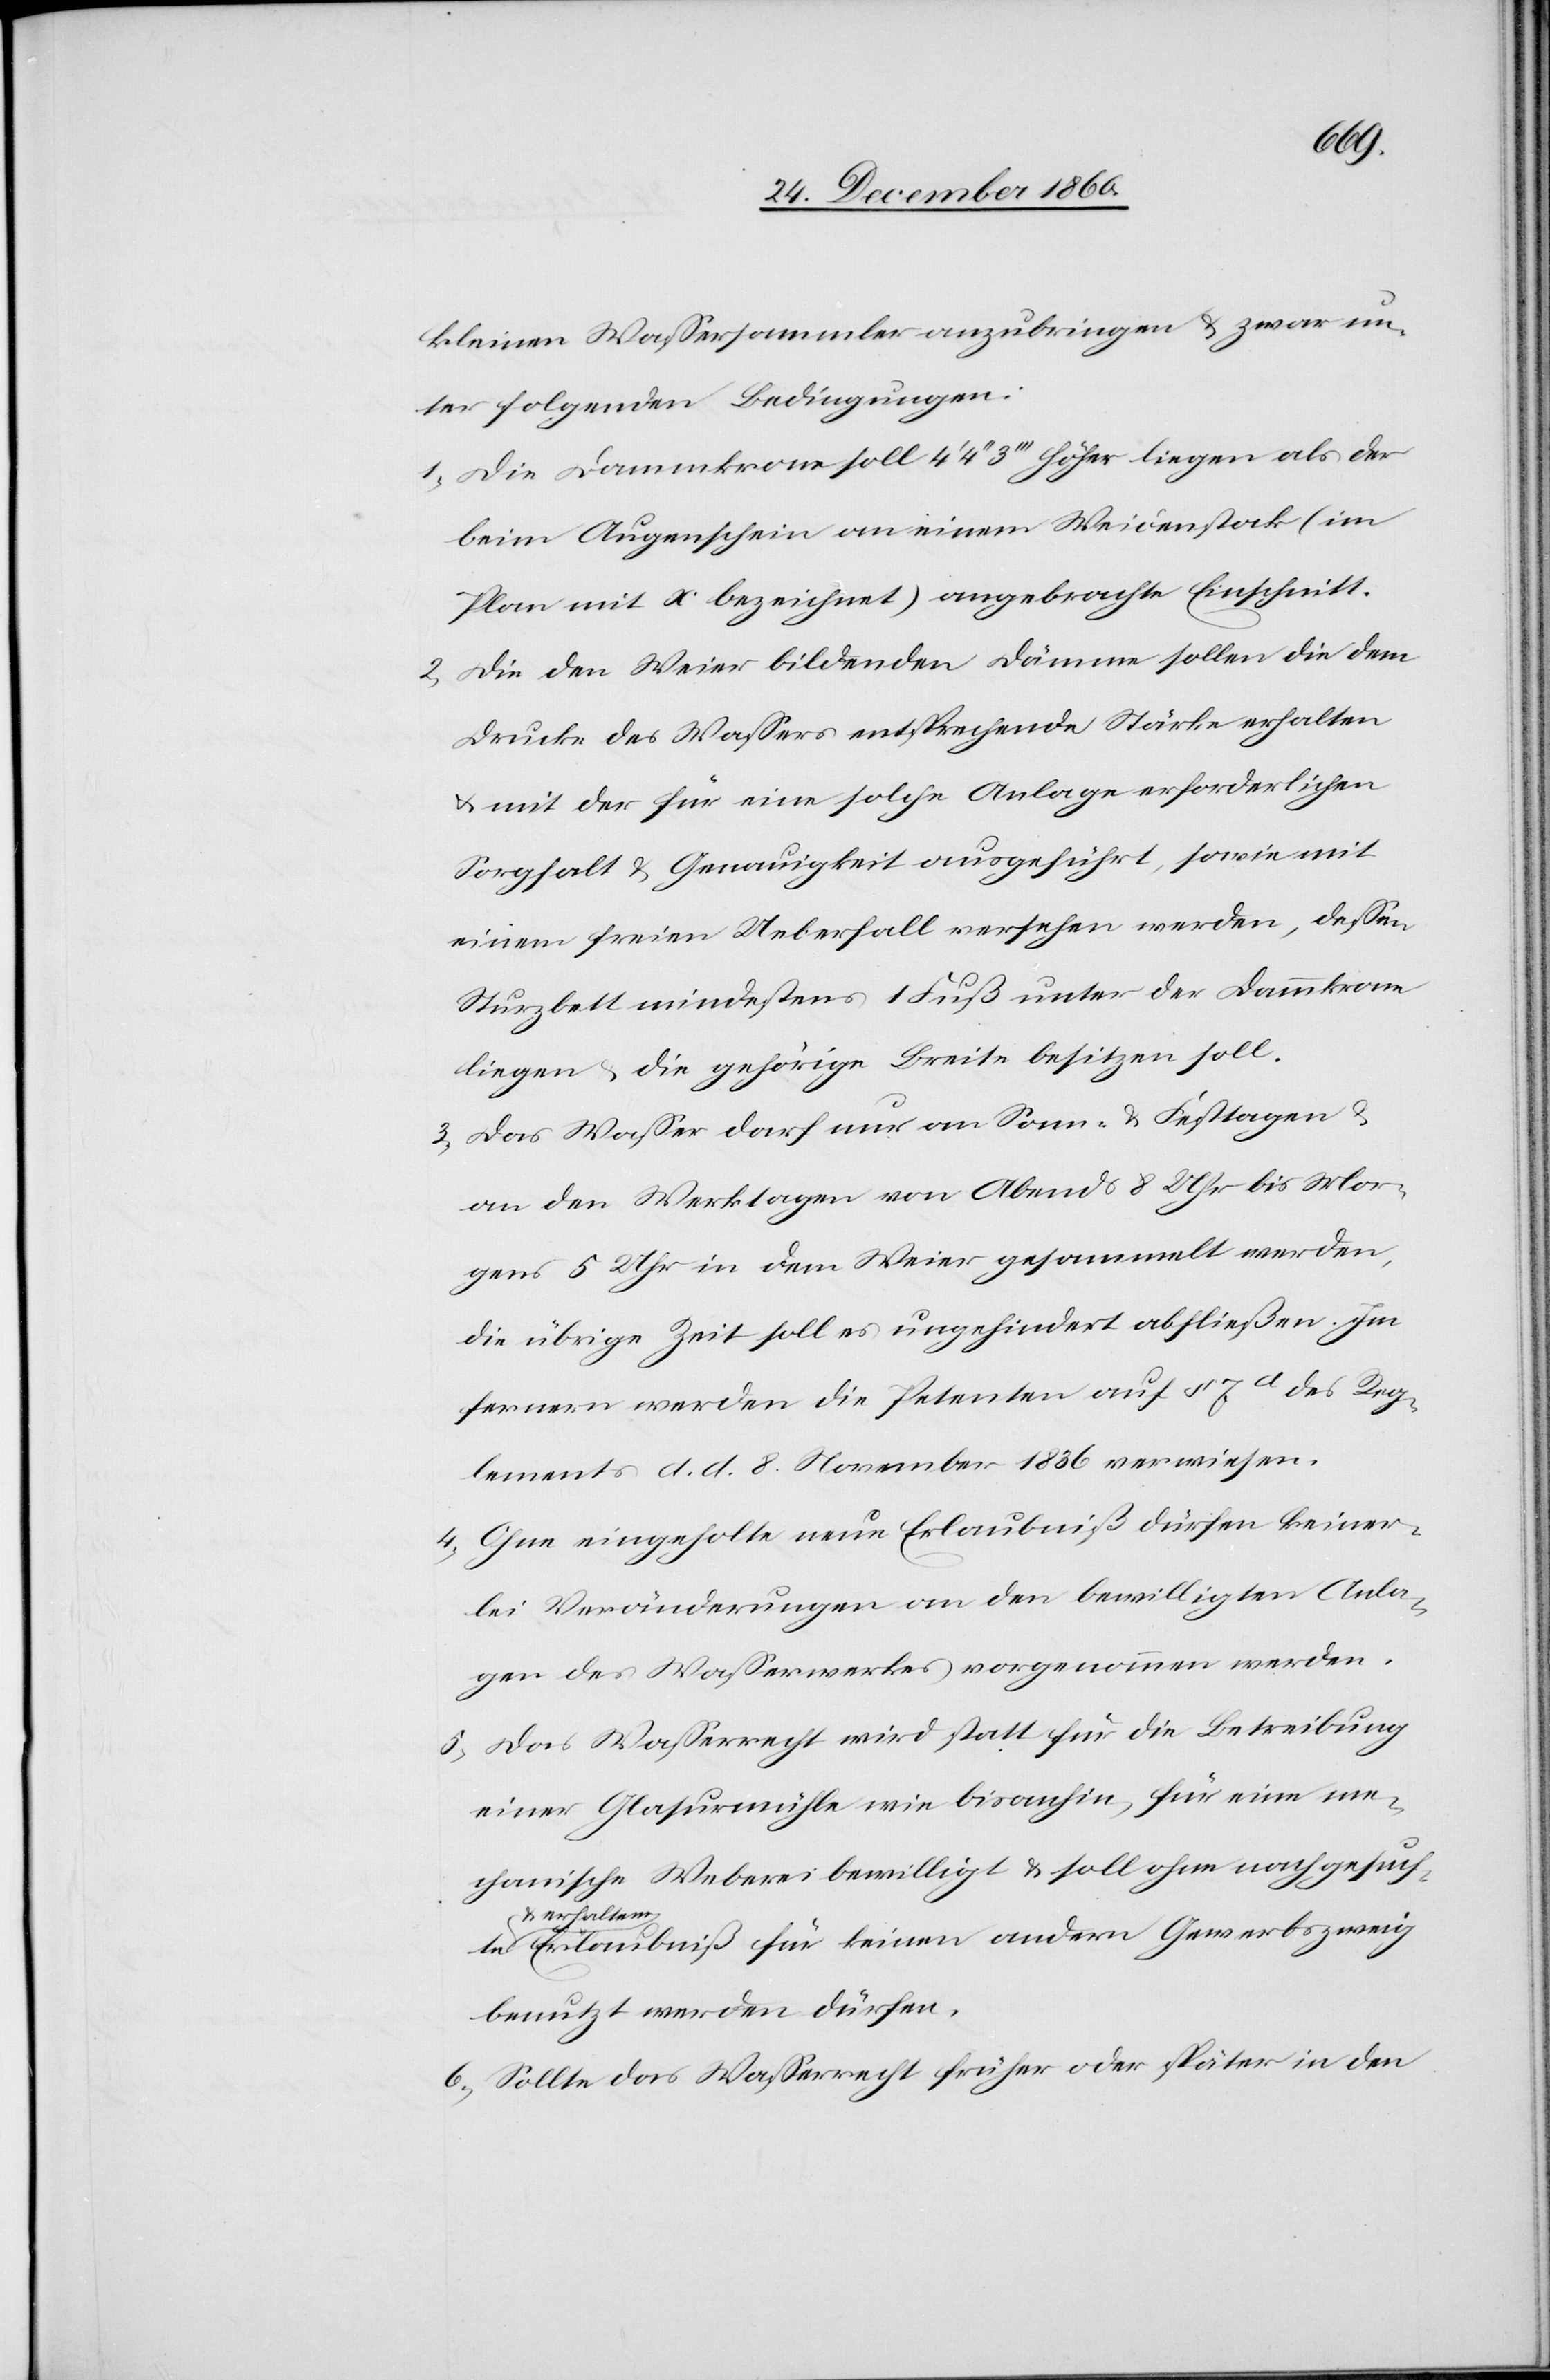
kleinen Wassersammler anzubringen u. zwar un¬
ter folgenden Bedingungen:
1. Die Dammkrone soll 4’ 4’’ 3’’’ höher liegen als der
beim Augenschein an einem Weidenstock (im
Plan mit x bezeichnet) angebrachte Einschnitt.
2. Die den Weier bildenden Dämme sollen die dem
Drucke des Wassers entsprechende Stärke erhalten
u. mit der für eine solche Anlage erforderlichen
Sorgfalt u. Genauigkeit ausgeführt, sowie mit
einem freien Ueberfall versehen werden, dessen
Sturzbett mindestens 1 Fuß unter der Dammkrone
liegen u. die gehörige Breite besitzen soll.
3. Das Wasser darf nur an Sonn- u. Festtagen u.
an den Werktagen von Abends 8 Uhr bis Mor¬
gens 5 Uhr in dem Weier gesammelt werden,
die übrige Zeit soll es ungehindert abfließen. Im
fernern werden die Petenten auf § 7d des Reg¬
lements d. d. 8. November 1836 verwiesen.
4. Ohne eingeholte neue Erlaubniß dürfen keiner¬
lei Veränderungen an den bewilligten Anla¬
gen des Wasserwerkes vorgenommen werden.
5. Das Wasserrecht wird statt für die Betreibung
einer Glasurmühle wie bisanhin, für eine me¬
chanische Weberei bewilligt u. soll ohne nachgesuchte
u. erhalten¬
e Erlaubniß für keinen andern Gewerbszweig
benutzt werden dürfen.
6. Sollte das Wasserrecht früher oder später in den